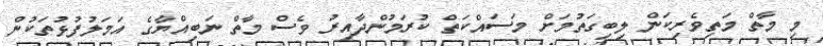
މި މާތް މަތިވެރިކަން ލިބިގަތުމަށް މަސައްކަތް ކުރަމުންދާއިރު ވެސް މާތް ނަބިއްޔާގެ އަމަލުފުޅުތަކުން